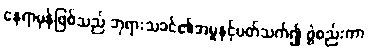
နေရာမှန်ဖြစ်သည် ဘုရားသခင်၏အမှုနှင့်ပတ်သက်၍ ဖွဲစည်းကာ